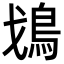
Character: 𩾷